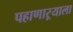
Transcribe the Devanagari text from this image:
पहाणाऱ्याला